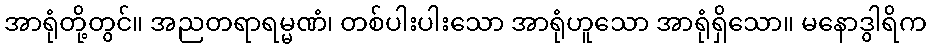
အာရုံတို့တွင်။ အညတရာရမ္မဏံ၊ တစ်ပါးပါးသော အာရုံဟူသော အာရုံရှိသော။ မနောဒွါရိက